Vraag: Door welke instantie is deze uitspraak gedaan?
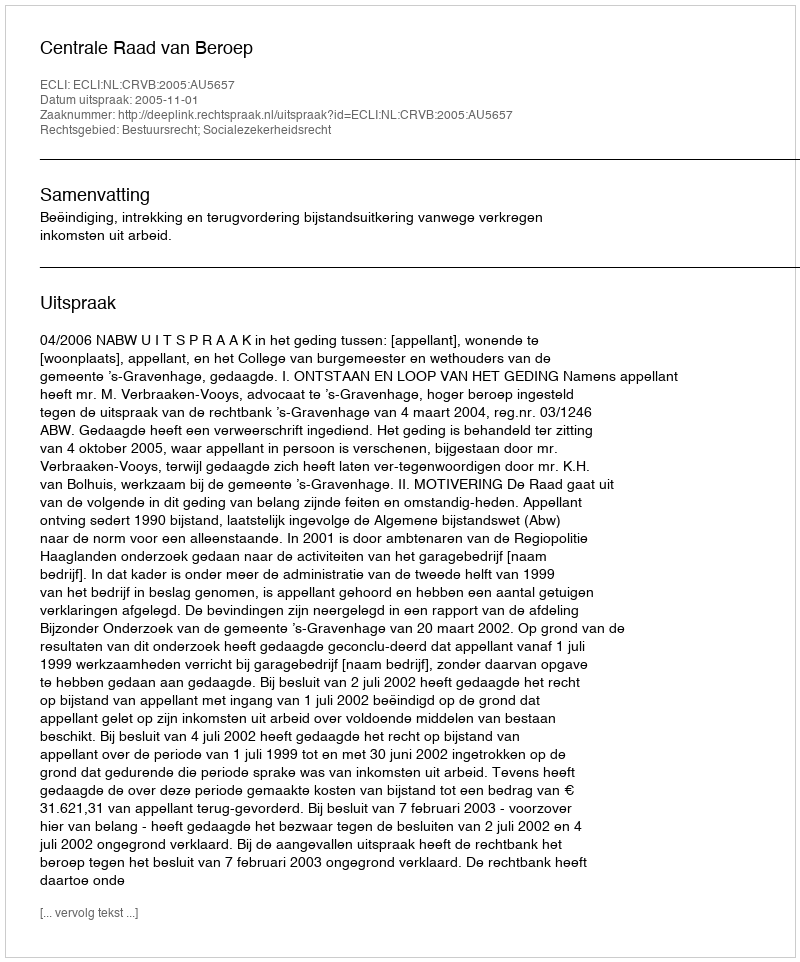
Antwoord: Centrale Raad van Beroep